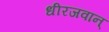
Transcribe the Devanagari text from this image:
धीरजवान्